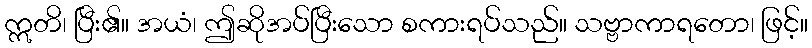
ဣတိ၊ ပြီး၏။ အယံ၊ ဤဆိုအပ်ပြီးသော စကားရပ်သည်။ သဗ္ဗာကာရတော၊ ဖြင့်။